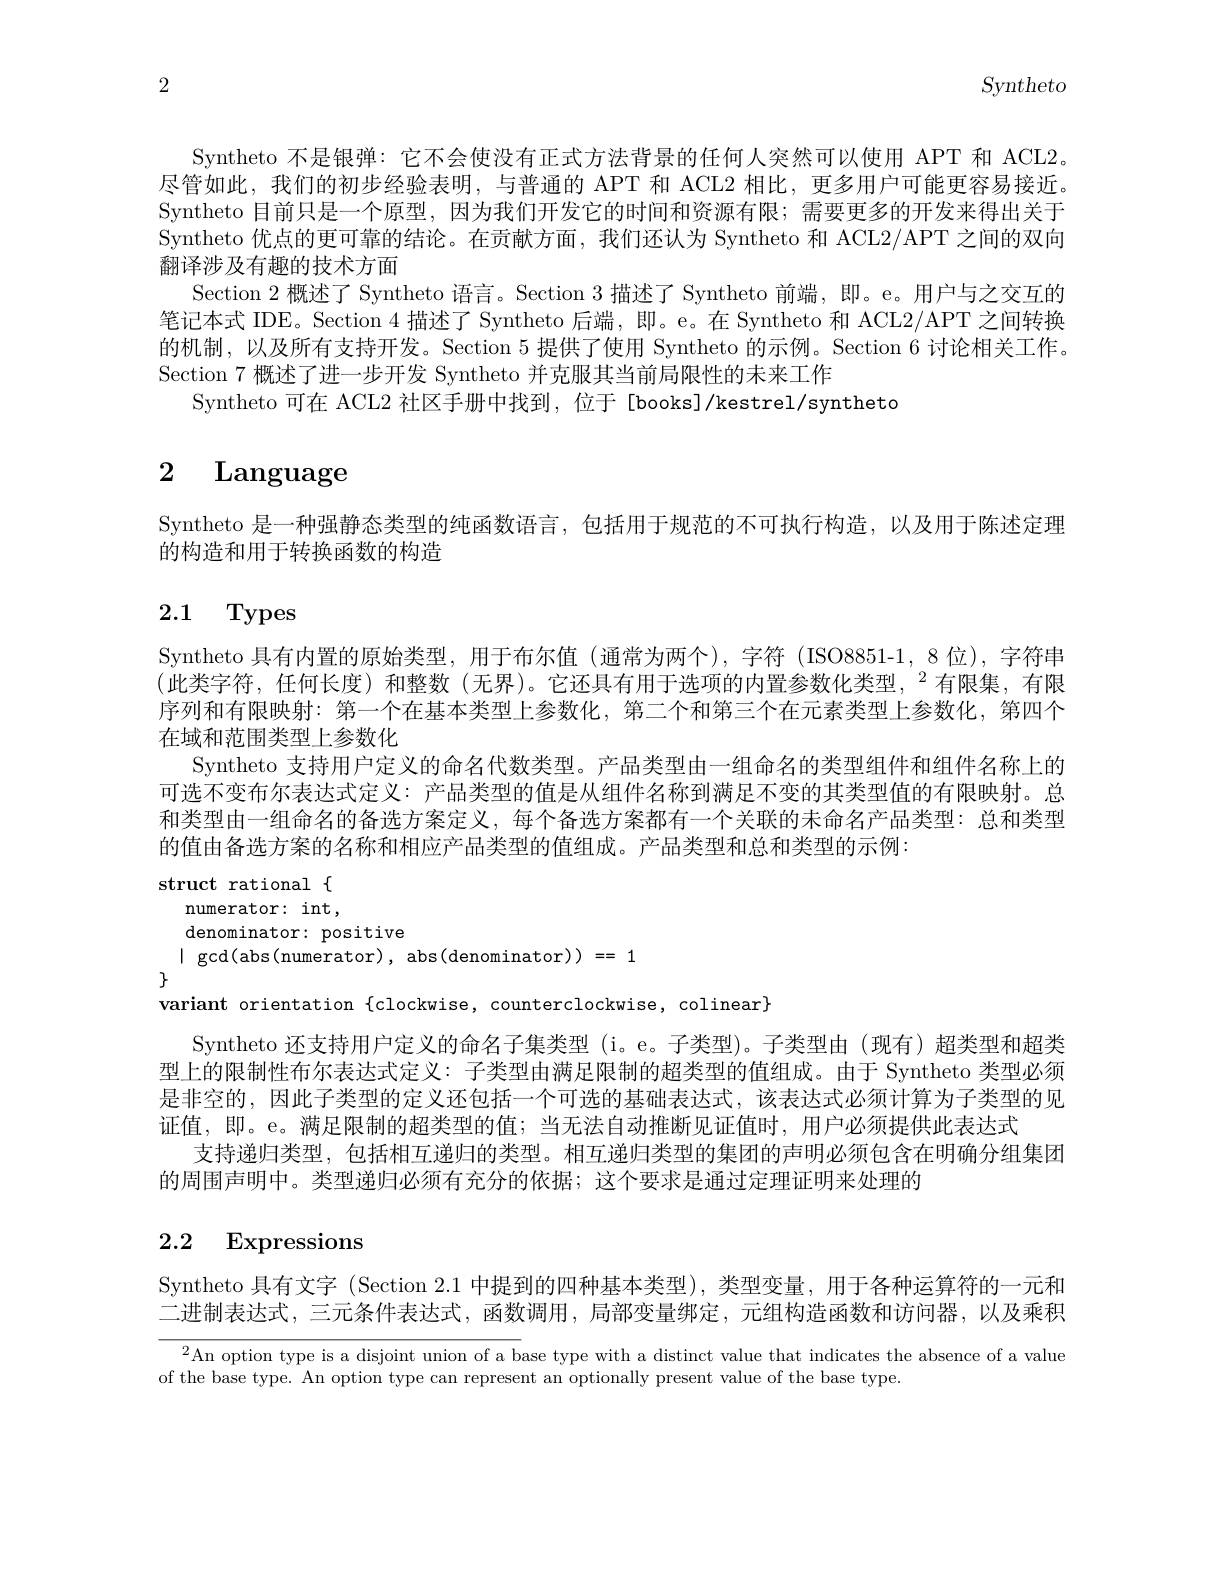
2

Syntheto

Syntheto 不是银弹：它不会使没有正式方法背景的任何人突然可以使用 APT 和 ACL2。尽管如此，我们的初步经验表明，与普通的 APT 和 ACL2 相比，更多用户可能更容易接近。Syntheto 目前只是一个原型，因为我们开发它的时间和资源有限；需要更多的开发来得出关于Syntheto 优点的更可靠的结论。在贡献方面，我们还认为 Syntheto 和 ACL2/APT 之间的双向翻译涉及有趣的技术方面
Section 2 概述了 Syntheto 语言。Section 3 描述了 Syntheto 前端，即。e。用户与之交互的笔记本式 IDE。Section 4 描述了 Syntheto 后端，即。e。在 Syntheto 和 ACL2/APT 之间转换的机制，以及所有支持开发。Section 5 提供了使用 Syntheto 的示例。Section 6 讨论相关工作。Section 7 概述了进一步开发 Syntheto 并克服其当前局限性的未来工作
Syntheto 可在 ACL2 社区手册中找到，位于 [books]/kestrel/syntheto

# 2 Language

Syntheto 是一种强静态类型的纯函数语言，包括用于规范的不可执行构造，以及用于陈述定理
的构造和用于转换函数的构造

# 2.1 Types

Syntheto 具有内置的原始类型，用于布尔值 (通常为两个),字符 (ISO8851-1,8 位),字符串

(此类字符，任何长度)和整数(无界)。它还具有用于选项的内置参数化类型，$^2$有限集，有限

序列和有限映射：第一个在基本类型上参数化，第二个和第三个在元素类型上参数化，第四个

在域和范围类型上参数化

Syntheto 支持用户定义的命名代数类型。产品类型由一组命名的类型组件和组件名称上的

可选不变布尔表达式定义：产品类型的值是从组件名称到满足不变的其类型值的有限映射。总

和类型由一组命名的备选方案定义，每个备选方案都有一个关联的未命名产品类型：总和类型

的值由备选方案的名称和相应产品类型的值组成。产品类型和总和类型的示例：

struct rational $\{$

numerator: int,

denominator: positive

| $\gcd ($abs(numerator), abs(denominator))==1

7

variant orientation {clockwise, counterclockwise, colinear}

Syntheto 还支持用户定义的命名子集类型 (i。e。子类型)。子类型由 (现有)超类型和超类型上的限制性布尔表达式定义：子类型由满足限制的超类型的值组成。由于 Syntheto 类型必须是非空的，因此子类型的定义还包括一个可选的基础表达式，该表达式必须计算为子类型的见证值，即。e。满足限制的超类型的值；当无法自动推断见证值时，用户必须提供此表达式
支持递归类型，包括相互递归的类型。相互递归类型的集团的声明必须包含在明确分组集团
的周围声明中。类型递归必须有充分的依据；这个要求是通过定理证明来处理的

# 2.2 Expressions

Syntheto 具有文字 (Section 2.1 中提到的四种基本类型),类型变量，用于各种运算符的一元和二进制表达式，三元条件表达式，函数调用，局部变量绑定，元组构造函数和访问器，以及乘积

$^{2}$An option type is a disjoint union of a base type with a distinct value that indicates the absence of a value
of the base type. An option type can represent an optionally present value of the base type